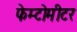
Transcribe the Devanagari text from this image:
फेम्टोमीटर